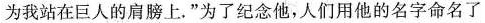
为我站在巨人的肩膀上，”为了纪念他，人们用他的名字命名了